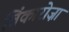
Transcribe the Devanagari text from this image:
विंकारोज़ा